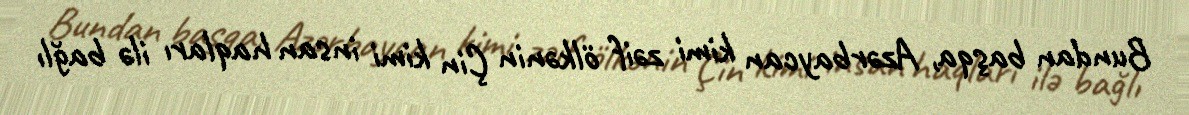
Bundan başqa, Azərbaycan kimi zəif ölkənin Çin kimi insan haqları ilə bağlı